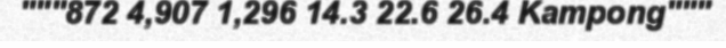
"""872 4,907 1,296 14.3 22.6 26.4 Kampong"""